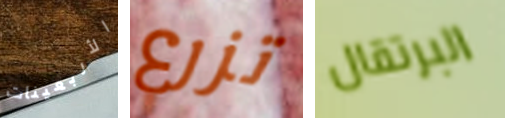
الأربعينات تزرع البرتقال